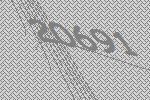
20691